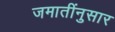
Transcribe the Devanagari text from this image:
जमातींनुसार